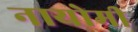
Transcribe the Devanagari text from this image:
नायोमी